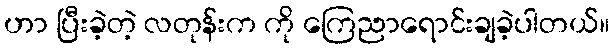
ဟာ ပြီးခဲ့တဲ့ လတုန်းက ကို ကြေညာရောင်းချခဲ့ပါတယ်။